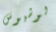
لوشيوس